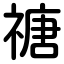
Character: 禟